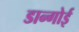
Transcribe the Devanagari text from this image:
डान्गोई